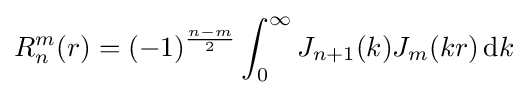
R_{n}^{m}(r)=(-1)^{\frac {n-m}{2}}\int _{0}^{\infty }J_{n+1}(k)J_{m}(kr)\,\mathrm {d} k